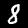
Label: 8